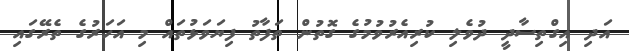
އަދި އިގްތިސާދީ ދުވެލި ކުރިއެރުވުމުގެ ގޮތުން ތަފާތު ފިޔަވަޅުތައް މި އަހަރުގެ ތެރޭގައި